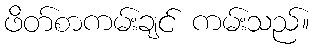
ဖိတ်စာကမ်းချင် ကမ်းသည်။